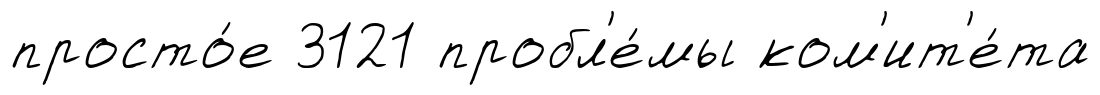
просто́е 3121 пробл'е́мы ком'ит'е́та